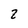
Character: z